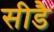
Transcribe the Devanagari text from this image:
सीडै